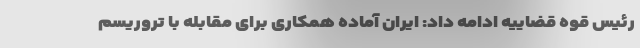
رئیس قوه قضاییه ادامه داد: ایران آماده همکاری برای مقابله با تروریسم